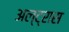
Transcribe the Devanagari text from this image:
अल्ट्रास